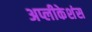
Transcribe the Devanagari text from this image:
अप्लीकेशंस